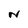
Character: N